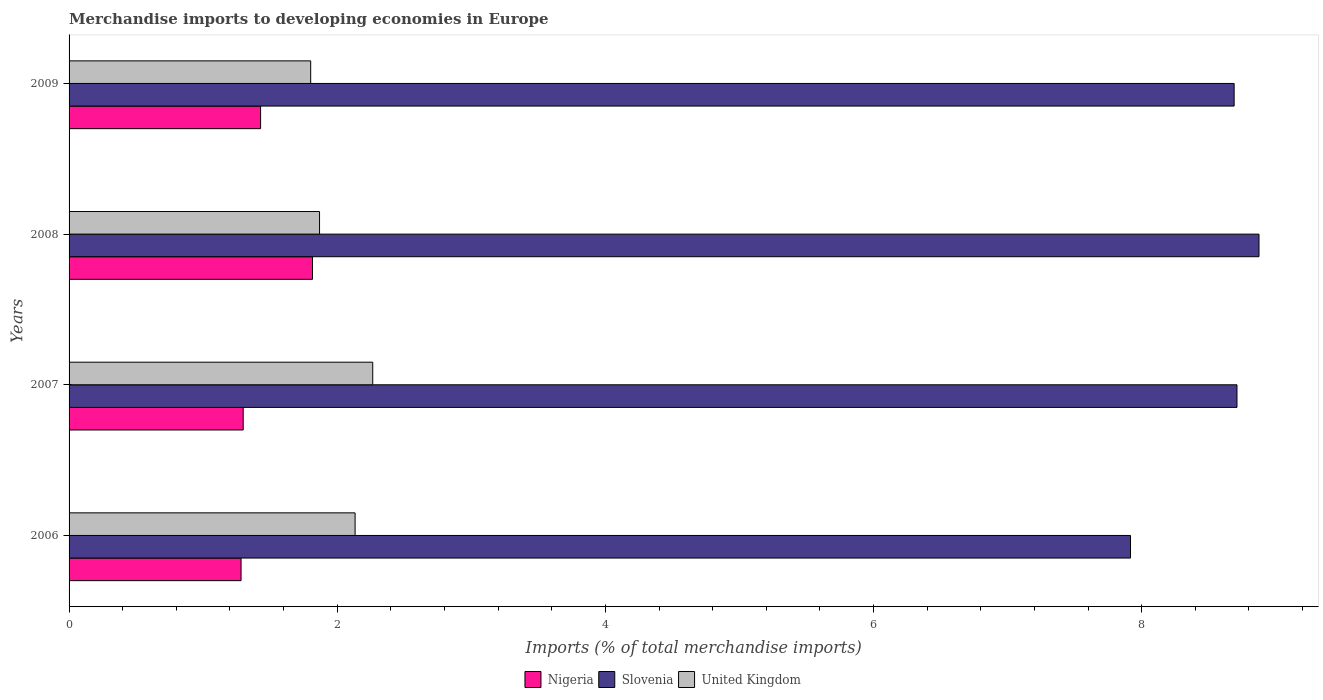
| Years | Nigeria | Slovenia | United Kingdom |
 | --- | --- | --- | --- |
 | 2006 | 1.28 | 7.92 | 2.13 |
 | 2007 | 1.3 | 8.71 | 2.26 |
 | 2008 | 1.82 | 8.88 | 1.87 |
 | 2009 | 1.43 | 8.69 | 1.8 |